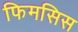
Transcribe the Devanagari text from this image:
फिमसिस